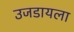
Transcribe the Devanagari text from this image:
उजडायला